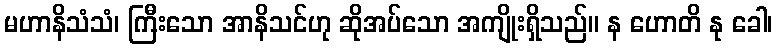
မဟာနိသံသံ၊ ကြီးသော အာနိသင်ဟု ဆိုအပ်သော အကျိုးရှိသည်။ န ဟောတိ နု ခေါ၊